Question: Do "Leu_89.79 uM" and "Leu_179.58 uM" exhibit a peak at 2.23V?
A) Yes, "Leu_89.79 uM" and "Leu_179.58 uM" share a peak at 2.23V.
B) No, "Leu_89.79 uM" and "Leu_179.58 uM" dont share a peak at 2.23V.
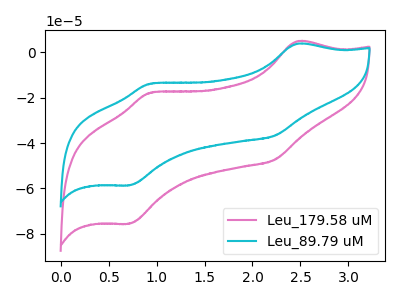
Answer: <think>The pink curve "Leu_179.58 uM" has anodic peaks at (2.45V, 4.90uA) (0.95V, -17.80uA) and cathodic peaks at (2.25V, -47.35uA) (0.70V, -75.60uA). The cyan curve "Leu_89.79 uM" has anodic peaks at (2.45V, 3.80uA) (0.95V, -13.80uA) and cathodic peaks at (2.25V, -36.75uA) (0.70V, -58.65uA).</think>
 <answer>A) Yes, "Leu_89.79 uM" and "Leu_179.58 uM" share a peak at 2.23V.</answer>
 <eval>A</eval>